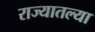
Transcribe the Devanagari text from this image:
राज्‍यातल्‍या